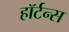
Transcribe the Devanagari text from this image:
हॉर्टन्स